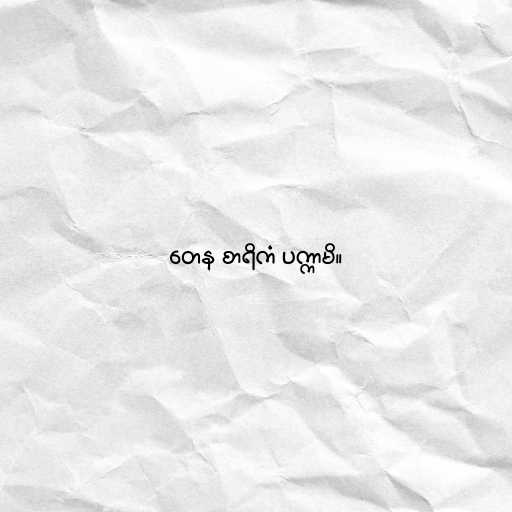
တေန စာရိကံ ပက္ကာမိ။